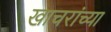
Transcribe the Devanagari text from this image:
खाचरांच्या